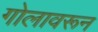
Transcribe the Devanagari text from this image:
गोलावरून